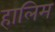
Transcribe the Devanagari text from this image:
हालिम